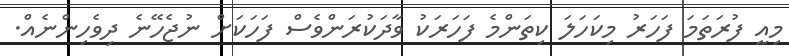
މިއީ ފުރަތަމަ ފަހަރު މިކަހަލަ ކިތަންމެ ފަހަރަކު ވާދަކުރަންވެސް ފަހަކަށް ނުޖެހޭނެ ދިވެހިންނެއް.